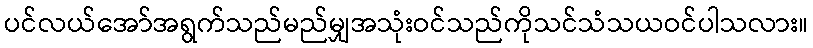
ပင်လယ်အော်အရွက်သည်မည်မျှအသုံးဝင်သည်ကိုသင်သံသယဝင်ပါသလား။